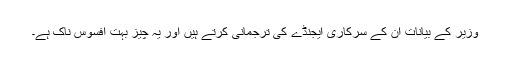
وزیر کے بیانات ان کے سرکاری ایجنڈے کی ترجمانی کرتے ہیں اور یہ چیز بہت افسوس ناک ہے۔